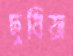
দুধিয়া